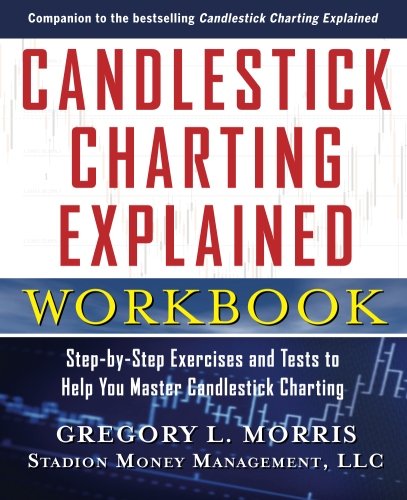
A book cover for Candlestick Charting Explained Workbook:  Step-by-Step Exercises and Tests to Help You Master Candlestick Charting; Gregory L. Morris; Business & Money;